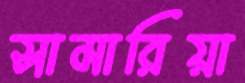
সামারিয়া